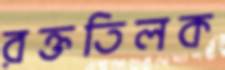
রক্ততিলক